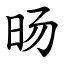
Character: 旸